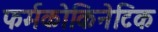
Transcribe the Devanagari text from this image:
फर्मकोकिनेटिक